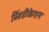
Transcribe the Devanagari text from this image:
व्हिंडीकेशन